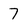
Character: 7